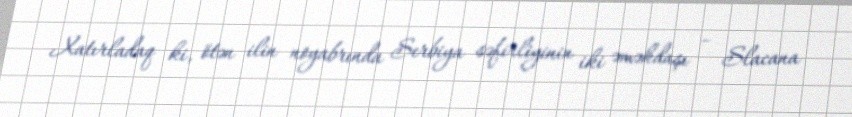
Xatırladaq ki, ötən ilin noyabrında Serbiya səfirliyinin iki əməkdaşı – Slacana